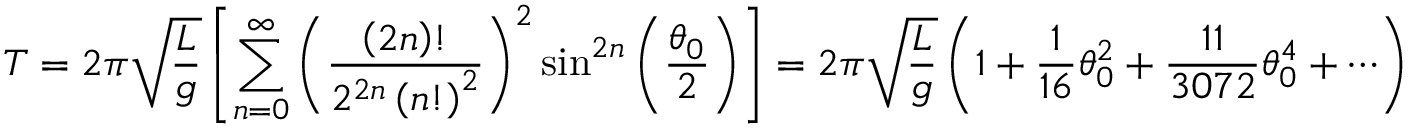
T = 2 \pi { \sqrt { \frac { L } { g } } } \left[ \sum _ { n = 0 } ^ { \infty } \left( { \frac { \left( 2 n \right) ! } { 2 ^ { 2 n } \left( n ! \right) ^ { 2 } } } \right) ^ { 2 } \sin ^ { 2 n } \left( { \frac { \theta _ { 0 } } { 2 } } \right) \right] = 2 \pi { \sqrt { \frac { L } { g } } } \left( 1 + { \frac { 1 } { 1 6 } } \theta _ { 0 } ^ { 2 } + { \frac { 1 1 } { 3 0 7 2 } } \theta _ { 0 } ^ { 4 } + \cdots \right)